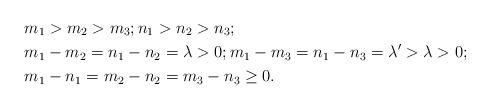
LaTeX: \begin{align*}&m_1>m_2>m_3; n_1>n_2> n_3; \\&m_1-m_2=n_1-n_2=\lambda>0; m_1-m_3=n_1-n_3=\lambda'>\lambda>0; \\&m_1-n_1=m_2-n_2=m_3-n_3\ge0. \end{align*}